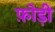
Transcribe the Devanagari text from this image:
फ़ोड़ी